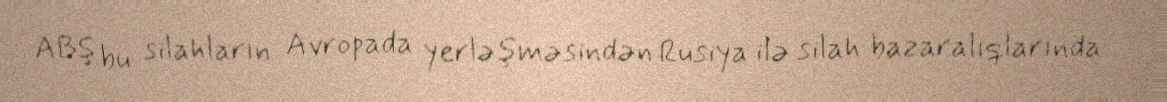
ABŞ bu silahların Avropada yerləşməsindən Rusiya ilə silah bazaralıqlarında